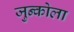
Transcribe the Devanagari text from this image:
जुन्कोला